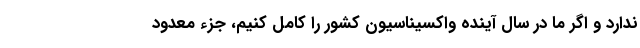
ندارد و اگر ما در سال آینده واکسیناسیون کشور را کامل کنیم، جزء معدود